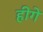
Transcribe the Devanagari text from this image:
हीगे